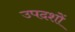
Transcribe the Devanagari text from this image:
उपदशों